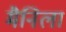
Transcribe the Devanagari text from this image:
मैनिला